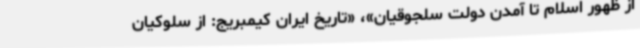
از ظهور اسلام تا آمدن دولت سلجوقیان»، «تاریخ ایران کیمبریج: از سلوکیان